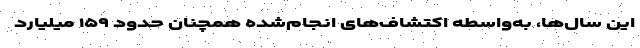
این سال‌ها، به‌واسطه اکتشاف‌های انجام‌شده همچنان حدود ۱۵۹ میلیارد